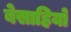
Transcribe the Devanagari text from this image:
बेसाहियो